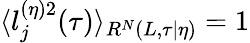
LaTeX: \langle l_{j}^{(\eta)2}(\tau)\rangle_{R^{N}(L,\tau|\eta)}=1